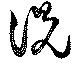
説